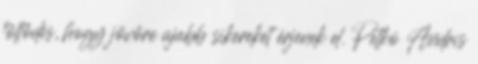
töltődés, hogy jövőre újabb sikereket érjenek el. Petkó Andris